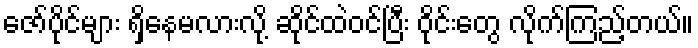
ဇော်ပိုင်များ ရှိနေမလားလို့ ဆိုင်ထဲဝင်ပြီး ဝိုင်းတွေ လိုက်ကြည့်တယ်။